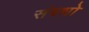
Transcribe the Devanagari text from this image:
संबधो